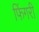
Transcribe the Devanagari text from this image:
फिंगरी